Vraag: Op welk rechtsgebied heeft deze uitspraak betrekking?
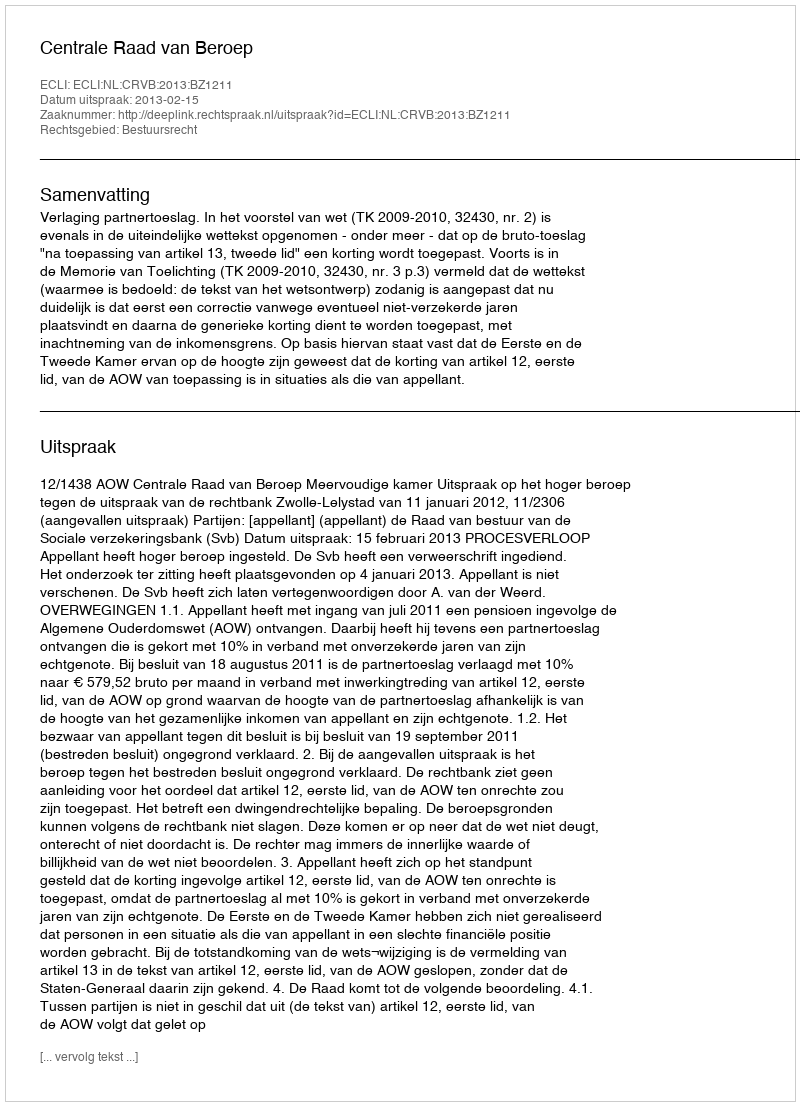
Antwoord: Bestuursrecht